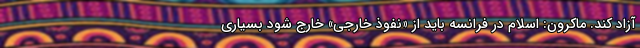
آزاد کند. ماکرون: اسلام در فرانسه باید از «نفوذ خارجی» خارج شود بسیاری